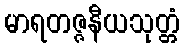
မာရတဇ္ဇနီယသုတ္တံ